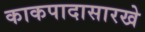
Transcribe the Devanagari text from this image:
काकपादासारखे